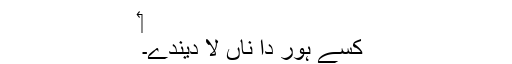
‏
کسے ہور دا ناں لا دیندے۔